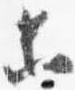
等